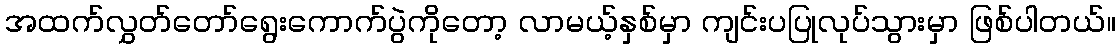
အထက်လွှတ်တော်ရွေးကောက်ပွဲကိုတော့ လာမယ့်နှစ်မှာ ကျင်းပပြုလုပ်သွားမှာ ဖြစ်ပါတယ်။